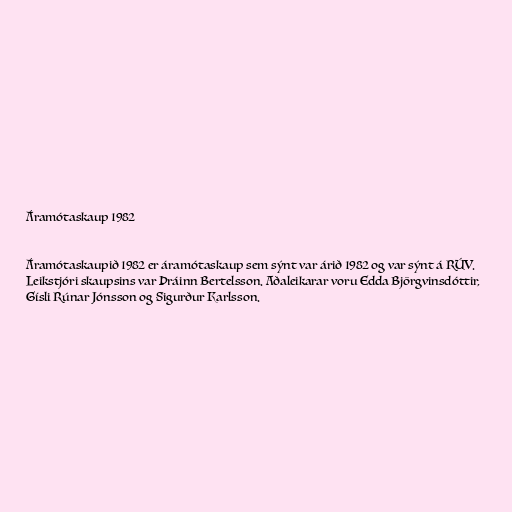
Áramótaskaup 1982

Áramótaskaupið 1982 er áramótaskaup sem sýnt var árið 1982 og var sýnt á RÚV.
Leikstjóri skaupsins var Þráinn Bertelsson. Aðaleikarar voru Edda Björgvinsdóttir,
Gísli Rúnar Jónsson og Sigurður Karlsson.